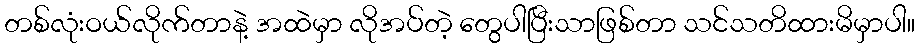
တစ်လုံးဝယ်လိုက်တာနဲ့ အထဲမှာ လိုအပ်တဲ့ တွေပါပြီးသာဖြစ်တာ သင်သတိထားမိမှာပါ။